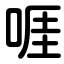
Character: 啀